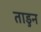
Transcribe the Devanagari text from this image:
ताडुन